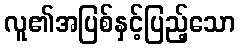
လူ၏အပြစ်နှင့်ပြည့်သော